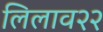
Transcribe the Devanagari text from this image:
लिलाव२२